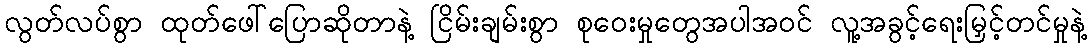
လွတ်လပ်စွာ ထုတ်ဖေါ်ပြောဆိုတာနဲ့ ငြိမ်းချမ်းစွာ စုဝေးမှုတွေအပါအဝင် လူ့အခွင့်ရေးမြှင့်တင်မှုနဲ့